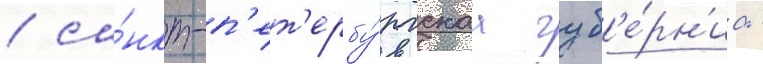
/ са́нкт-п'ет'ербу́ргскаа губ'е́рн'иа -